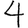
Digit: 4